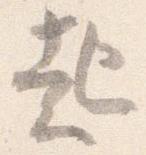
起